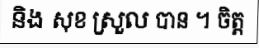
និង សុខ ស្រួល បាន ។ ចិត្ត